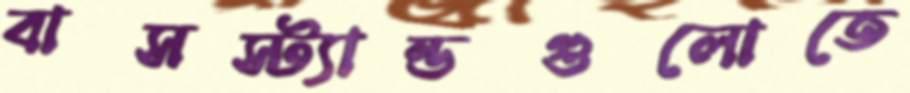
বাসস্ট্যান্ডগুলোতে